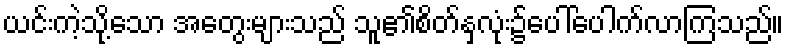
ယင်းကဲ့သို့သော အတွေးများသည် သူ၏စိတ်နှလုံး၌ပေါ်ပေါက်လာကြသည်။